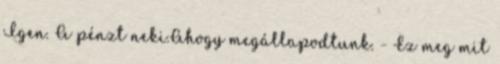
Igen. A pénzt neki.Ahogy megállapodtunk. - Ez meg mit